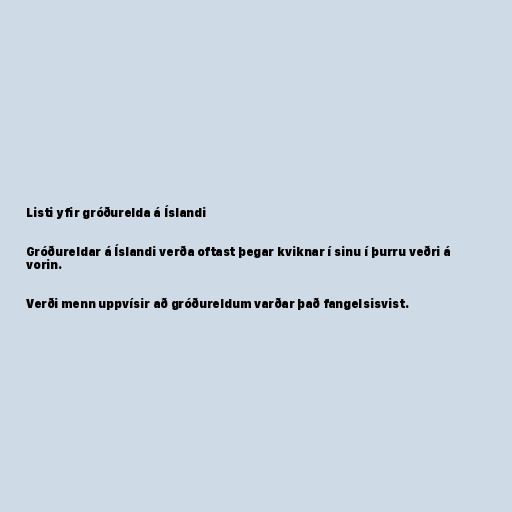
Listi yfir gróðurelda á Íslandi

Gróðureldar á Íslandi verða oftast þegar kviknar í sinu í þurru veðri á
vorin.

Verði menn uppvísir að gróðureldum varðar það fangelsisvist.